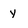
Character: y